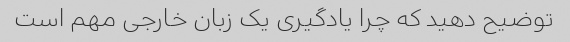
توضیح دهید که چرا یادگیری یک زبان خارجی مهم است